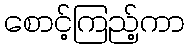
စောင့်ကြည့်ကာ